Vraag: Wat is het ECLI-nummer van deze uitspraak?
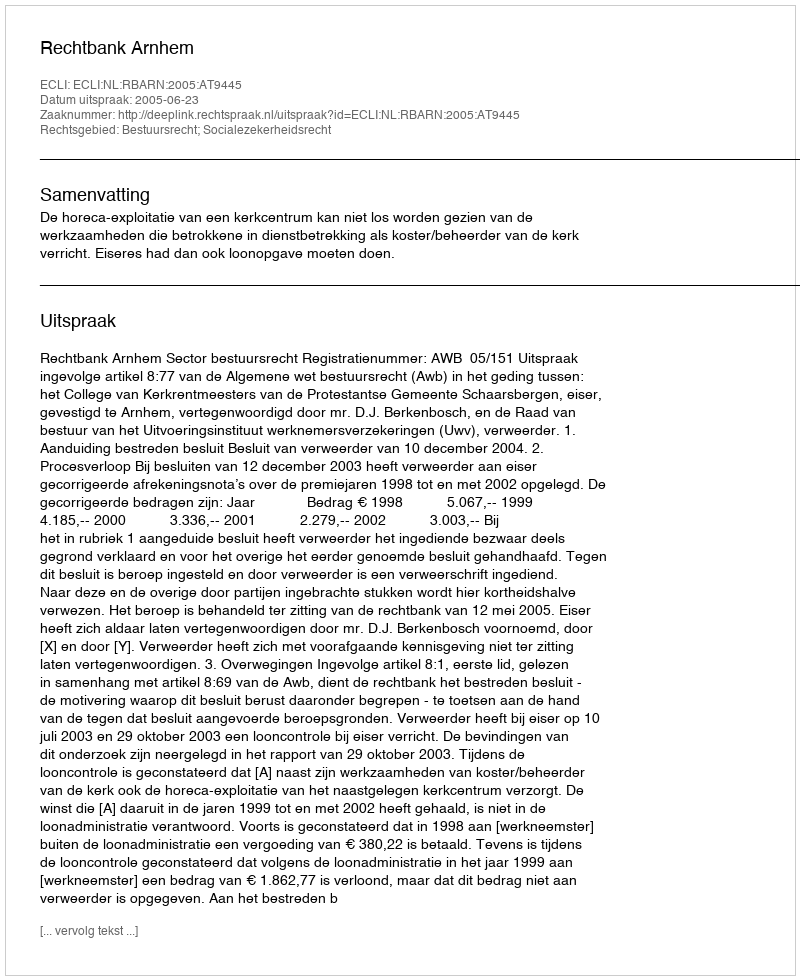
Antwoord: ECLI:NL:RBARN:2005:AT9445